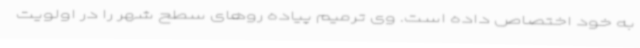
به خود اختصاص داده است. وی ترمیم پیاده روهای سطح شهر را در اولویت